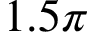
1 . 5 \pi